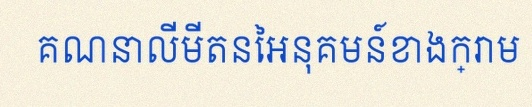
គណនាលីមីតនៃអនុគមន៍ខាងក្រោម